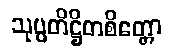
သုပ္ပတိဋ္ဌိတစိတ္တော